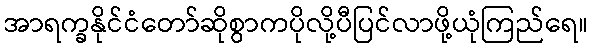
အာရက္ခနိုင်ငံတော်ဆိုစွာကပိုလို့ပီပြင်လာဖို့ယုံကြည်ရေ။